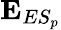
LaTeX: \mathbf{E}_{ES_{p}}